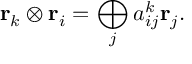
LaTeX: { \bf r } _ { k } \otimes { \bf r } _ { i } = \bigoplus _ { j } a _ { i j } ^ { k } { \bf r } _ { j } .